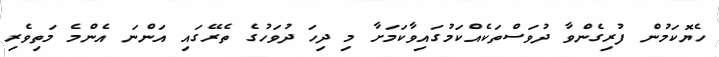
ހެޔޮކަމުން ފުރިގެންވާ ދުވަސްތަކެއްކަމުގައިވާކަމަށާ މި ދިހަ ދުވަހުގެ ތެރޭގައި އަންނަ އެންމެ މަތިވެރި